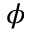
\boldsymbol { \phi }